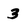
Character: 3